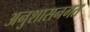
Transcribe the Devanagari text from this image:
अनुशासनगत